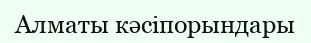
Алматы кәсіпорындары